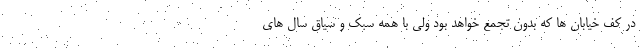
در کف خیابان ها که بدون تجمع خواهد بود ولی با همه سبک و سیاق سال های